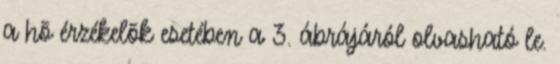
a hõ érzékelõk esetében a 3. ábrájáról olvasható le.